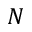
N